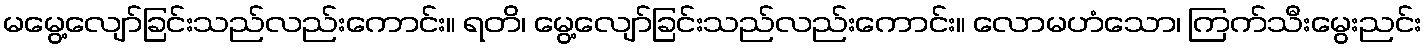
မမွေ့လျော်ခြင်းသည်လည်းကောင်း။ ရတိ၊ မွေ့လျော်ခြင်းသည်လည်းကောင်း။ လောမဟံသော၊ ကြက်သီးမွေးညင်း